Report on vaccination in Madras 1904-1921 - 1904-1921
Year: 1904
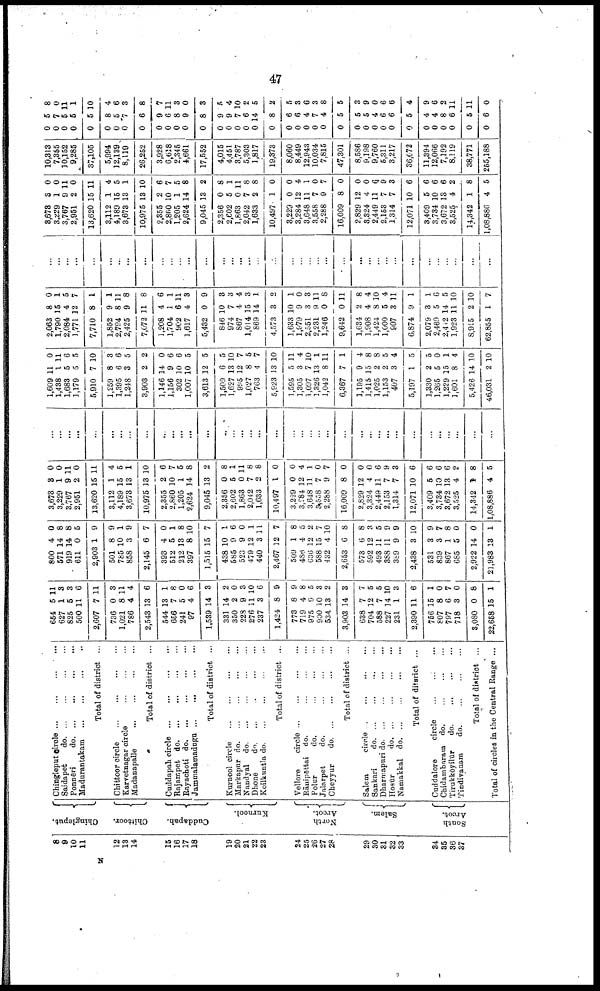
47
8
9
10
11
12
13
14
15
16
17
18
19
20
21
22
23
24
25
26
27
28
29
30
31
32
33
34
35
36
37
Chingleput.
Chittoor.
Cuddapah.
Kurnool.
North
Arcot.
Salem.
South
Arcot.
Chingleput circle
...
...
...
...
Saidapet
do. ... ... ... ...
Ponnēri
do. ... ... ... ...
Madurantakam
...
...
...
...
Total of district ...
Chittoor circle
...
...
...
...
Karvetnagar circle ... ... ...
Madanapalle
...
...
...
...
Total of district ...
Cuddapah circle ... ... ... ...
Rajampet
do. ... ... ... ...
Rayachoti
do. ... ... ... ...
Jammalamadugu ...
...
...
...
Total of district ...
Kurnool circle
...
...
...
...
Markapar
do. ... ... ... ...
Nandyal do.
...
...
...
...
Dhone
do. ... ... ... ...
Koilkuntla do.
...
...
...
...
Total of district ...
Vellore
circle
...
...
...
...
Rānipettai do.
...
...
...
Polur
do. ... ... ...
Jalarpet
do.
...
...
...
Cheyyur
do. ... ... ... ...
Total of district ...
Salem
circle ... ... ... ...
Sankari
d
o
. ... ... ... ...
Dharmapuri d
o
. ... ... ... ...
Hosūr
do. ... ... ... ...
Namakkal do. ... ... ... ...
Total of ditsrict ...
Cuddalore
circle
...
...
...
Chidambaram do.
...
...
...
Tirukkōyilūr
do. ... ... ...
Tindivanam
do.
...
...
...
Total of district ...
Total of circles in the Central Range ...
654
627
825
500
2,607
736
1,021
786
2,543
544
656
241
97
1,589
381
350
228
276
237
1,424
773
719
975
900
534
3,903
638
704
588
227
231
2,390
756
807
797
718
3,080
22,658
5
1
6
11
7
0
8
4
13
13
7
5
4
14
14
2
9
11
3
8
8
4
9
10
13
14
7
12
7
14
1
11
15
8
6
3
0
15
11
3
3
6
11
3
11
4
6
1
8
0
6
3
2
0
3
10
6
9
9
8
5
3
2
3
7
5
5
10
3
6
1
0
7
0
8
1
800
571
919
611
2,903
501
785
858
2,145
393
512
212
397
1,515
438
585
523
479
440
2,467
509
486
636
588
432
2,653
573
592
493
388
389
2,438
531
839
867
685
2,922
21,983
4
14
14
0
1
8
10
3
6
4
5
13
8
15
10
9
9
12
3
12
1
4
12
15
4
6
6
12
11
11
9
3
3
3
1
5
14
13
0
8
8
5
9
9
1
9
7
0
1
8
10
7
1
6
0
1
11
7
8
5
2
7
10
8
8
3
5
9
9
10
9
7
8
0
0
1
3,673
3,229
3,767
2,951
13,620
3,112
4,189
3,673
10,975
2,355
2,860
1,205
2,624
9,045
2,356
2,602
1,863
2,042
1,633
10,497
3,229
3,284
3,648
3,558
2,288
16,009
2,829
3,324
2,449
2,153
1,314
12,071
3,409
3,734
3,672
3,525
14,342
1,08,886
3
1
9
2
15
1
15
13
13
2
10
1
14
13
0
5
0
7
2
1
0
12
11
7
9
8
12
4
11
7
7
10
5
10
13
4
1
4
0
0
11
0
11
4
5
1
10
6
7
5
8
2
8
1
11
8
8
0
0
4
1
0
7
0
0
0
6
9
3
6
6
6
6
2
8
5
...
...
...
...
...
...
...
...
...
...
...
...
...
...
...
...
...
...
...
...
...
...
...
...
...
...
...
...
...
...
...
...
...
...
...
...
...
...
1,609
1,438
1,683
1,179
5,910
1,259
1,395
1,218
3,903
1,146
1,156
302
1,007
3,613
1,509
1,627
995
1,027
763
5,923
1,595
1,305
1,097
1,326
1,042
6,367
1,195
1,415
1,025
1,153
407
5,197
1,330
1,265
1,229
1,601
5,426
46,031
11
1
5
5
7
8
6
3
2
14
9
10
10
12
6
13
12
8
4
13
5
3
7
13
8
7
9
15
2
2
3
1
2
5
15
8
14
2
0
11
6
5
10
3
6
5
2
0
6
6
5
5
5
10
7
5
7
10
11
4
10
1
11
1
4
8
8
5
4
5
5
0
1
4
10
10
2,063
1,790
2,084
1,771
7,710
1,852
2,794
2,425
7,072
1,208
1,704
902
1,617
5,432
846
974
867
1,014
869
4,573
1,633
1,979
2,551
2,231
1,246
9,642
1,634
1,908
1,424
1,000
907
6,874
2,079
2,469
2,442
1,923
8,915
62,855
8
15
4
12
8
9
8
9
11
4
1
6
4
0
10
7
4
15
14
3
10
9
3
9
0
0
2
4
8
5
3
9
3
5
14
11
2
1
0
1
5
7
1
1
11
8
8
6
1
11
3
9
3
3
4
3
1
2
1
0
3
11
8
11
8
4
10
4
11
1
1
6
5
10
10
7
...
...
...
...
...
...
...
...
...
...
...
...
...
...
...
...
...
...
...
...
...
...
...
...
...
...
...
...
...
...
...
...
...
...
...
...
...
...
3,673
3,229
3,767
2,951
13,620
3,112
4,189
3,673
10,975
2,355
2,860
1,205
2,624
9,045
2,356
2,602
1,863
2,042
1,633
10,497
3,229
3,284
3,648
3,558
2,288
16,009
2,829
3,324
2,449
2,153
1,314
12,071
3,409
3,734
3,672
3,525
14,342
1,08,886
3
1
9
2
15
1
15
13
13
2
10
1
14
13
0
5
0
7
2
1
0
12
11
7
9
8
12
4
11
7
7
10
5
10
13
4
1
4
0
0
11
0
11
4
5
1
10
6
7
5
8
2
8
1
11
8
8
0
0
4
1
0
7
0
0
0
6
9
3
6
6
6
6
2
8
5
10,313
7,355
10,152
9,285
37,105
5,994
12,139
8,119
26,252
3,928
6,618
2,345
4,661
17,552
4,015
4,451
3,787
5,303
1,817
19,373
8,060
8,449
12,943
10,034
7,815
47,301
8,586
9,198
9,760
5,311
3,217
36,072
11,394
12,066
7,192
8,119
38,771
255,188
0
0
0
0
0
0
0
0
0
0
0
0
0
0
0
0
0
0
0
0
0
0
0
0
0
0
0
0
0
0
0
0
0
0
0
0
0
0
5
7
5
5
5
8
5
7
6
9
6
8
9
8
9
9
7
6
14
8
6
6
4
7
4
5
5
5
4
6
6
5
4
4
8
6
5
6
8
0
11
1
10
4
6
3
8
7
11
3
0
3
5
4
10
2
5
2
5
3
6
3
8
5
8
9
0
6
6
4
9
6
2
11
11
0
N